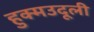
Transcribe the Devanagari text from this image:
हुक्मउदूली